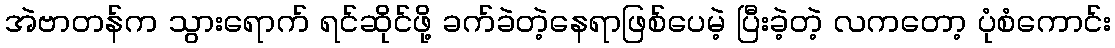
အဲဗာတန်က သွားရောက် ရင်ဆိုင်ဖို့ ခက်ခဲတဲ့နေရာဖြစ်ပေမဲ့ ပြီးခဲ့တဲ့ လကတော့ ပုံစံကောင်း